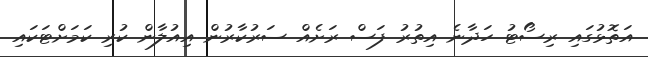
އަތޮޅުގައި ރިސޯޓު ހަދާނެ އިތުރު ފަސް ރަށެއް ސަރުކާރުން އިއުލާން ކުރި ކަމަށްޓަކައި